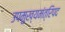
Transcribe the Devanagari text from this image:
उपमुख्यमंत्रिपद